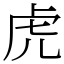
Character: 虎